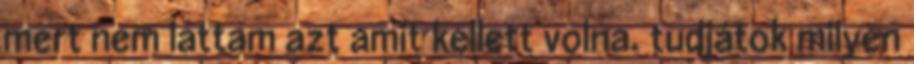
mert nem láttam azt amit kellett volna. tudjátok milyen